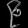
Digit: ၉